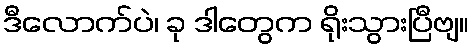
ဒီလောက်ပဲ၊ ခု ဒါတွေက ရိုးသွားပြီဗျ။